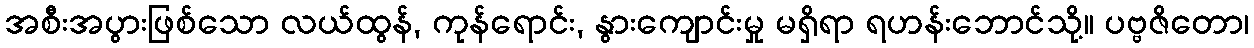
အစီးအပွားဖြစ်သော လယ်ထွန်, ကုန်ရောင်း, နွားကျောင်းမှု မရှိရာ ရဟန်းဘောင်သို့။ ပဗ္ဗဇိတော၊